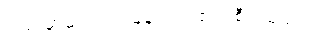
လမ်းမှာမရပ်တဲ့ မြန်တဲ့ ရထား စီးရမယ်။